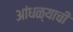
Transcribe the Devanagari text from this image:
आंधळ्याची